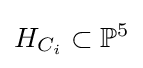
H_{C_{i}}\subset \mathbb {P} ^{5}